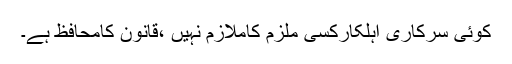
کوئی سرکاری اہلکارکسی ملزم کاملازم نہیں ،قانون کامحافظ ہے۔